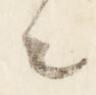
々